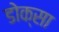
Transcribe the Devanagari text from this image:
डोक्सा